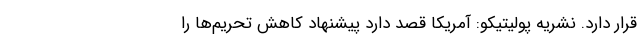
قرار دارد. نشریه پولیتیکو: آمریکا قصد دارد پیشنهاد کاهش تحریم‌ها را